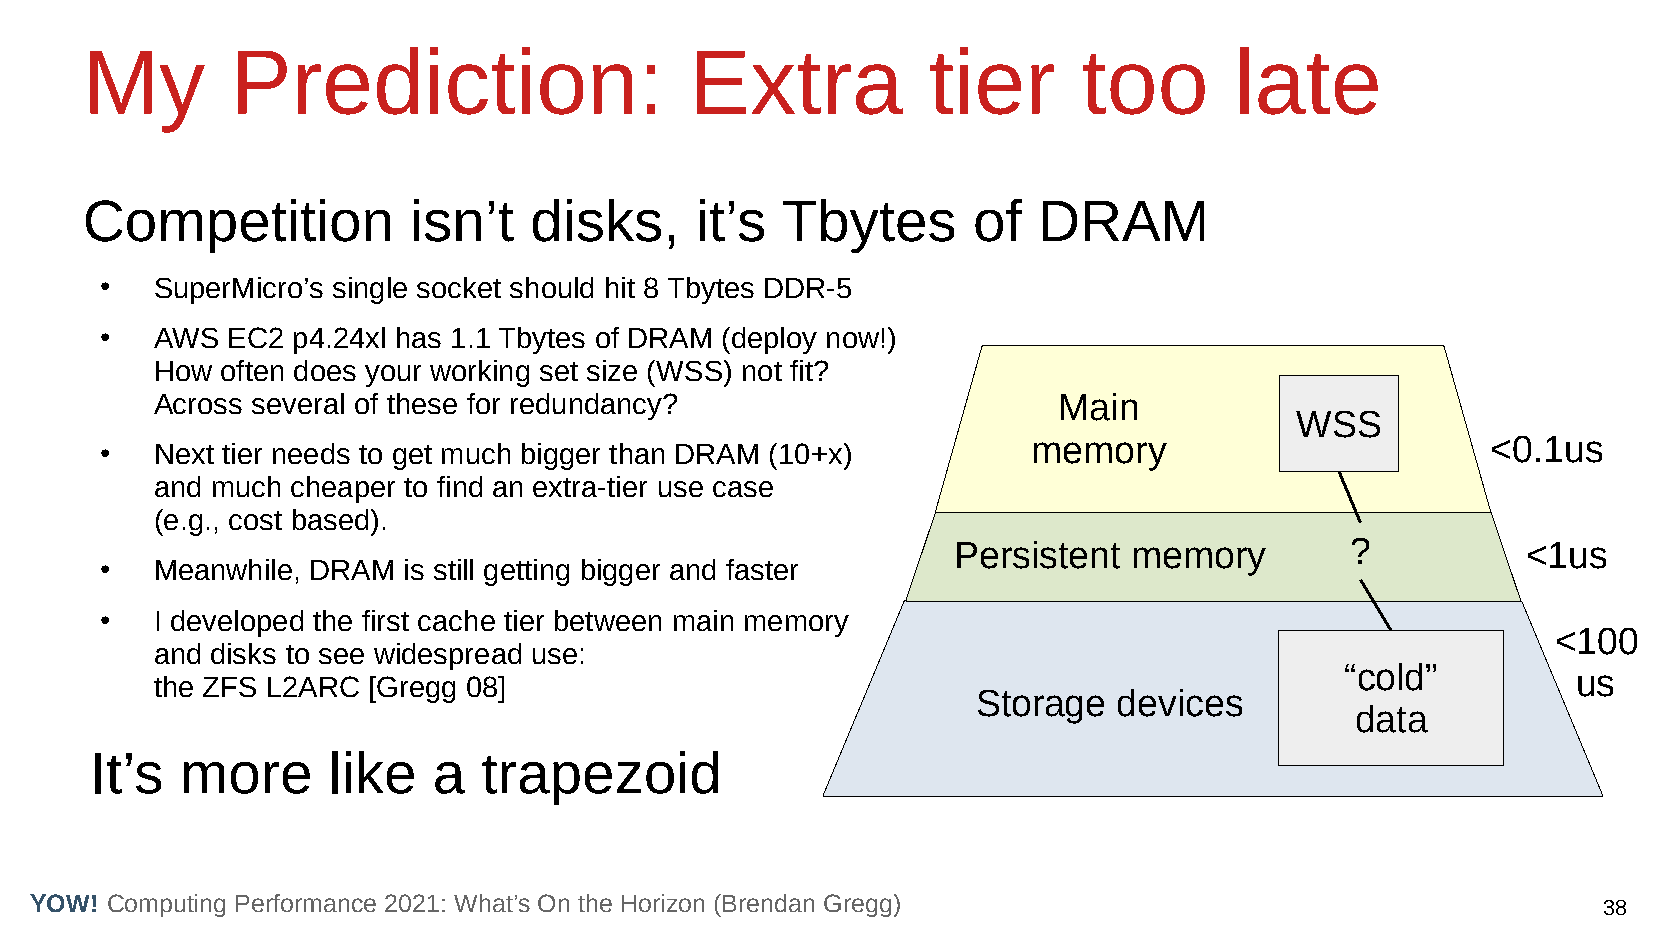
My        Prediction:                    Extra          tier       too       late
 Competition           isn’t   disks,     it’s  Tbytes      of   DRAM
 ●  SuperMicro’s single socket should hit 8 Tbytes DDR-5
 ●  AWS  EC2 p4.24xl has 1.1 Tbytes of DRAM (deploy now!)
 How  often does your working set size (WSS) not fit?
 Across several of these for redundancy?                     Main
 WSS
 memory                         <0.1us
 ●  Next tier needs to get much bigger than DRAM (10+x)
 and much cheaper to find an extra-tier use case
 (e.g., cost based).
 Persistent  memory        ?           <1us
 ●  Meanwhile, DRAM  is still getting bigger and faster
 ●  I developed the first cache tier between main memory
 <100
 and disks to see widespread use:
 “cold”         us
 the ZFS L2ARC [Gregg 08]
 Storage  devices
 data
 It’s  more      like   a  trapezoid
 YOW! Computing Performance 2021: What’s On the Horizon (Brendan Gregg)                                  38